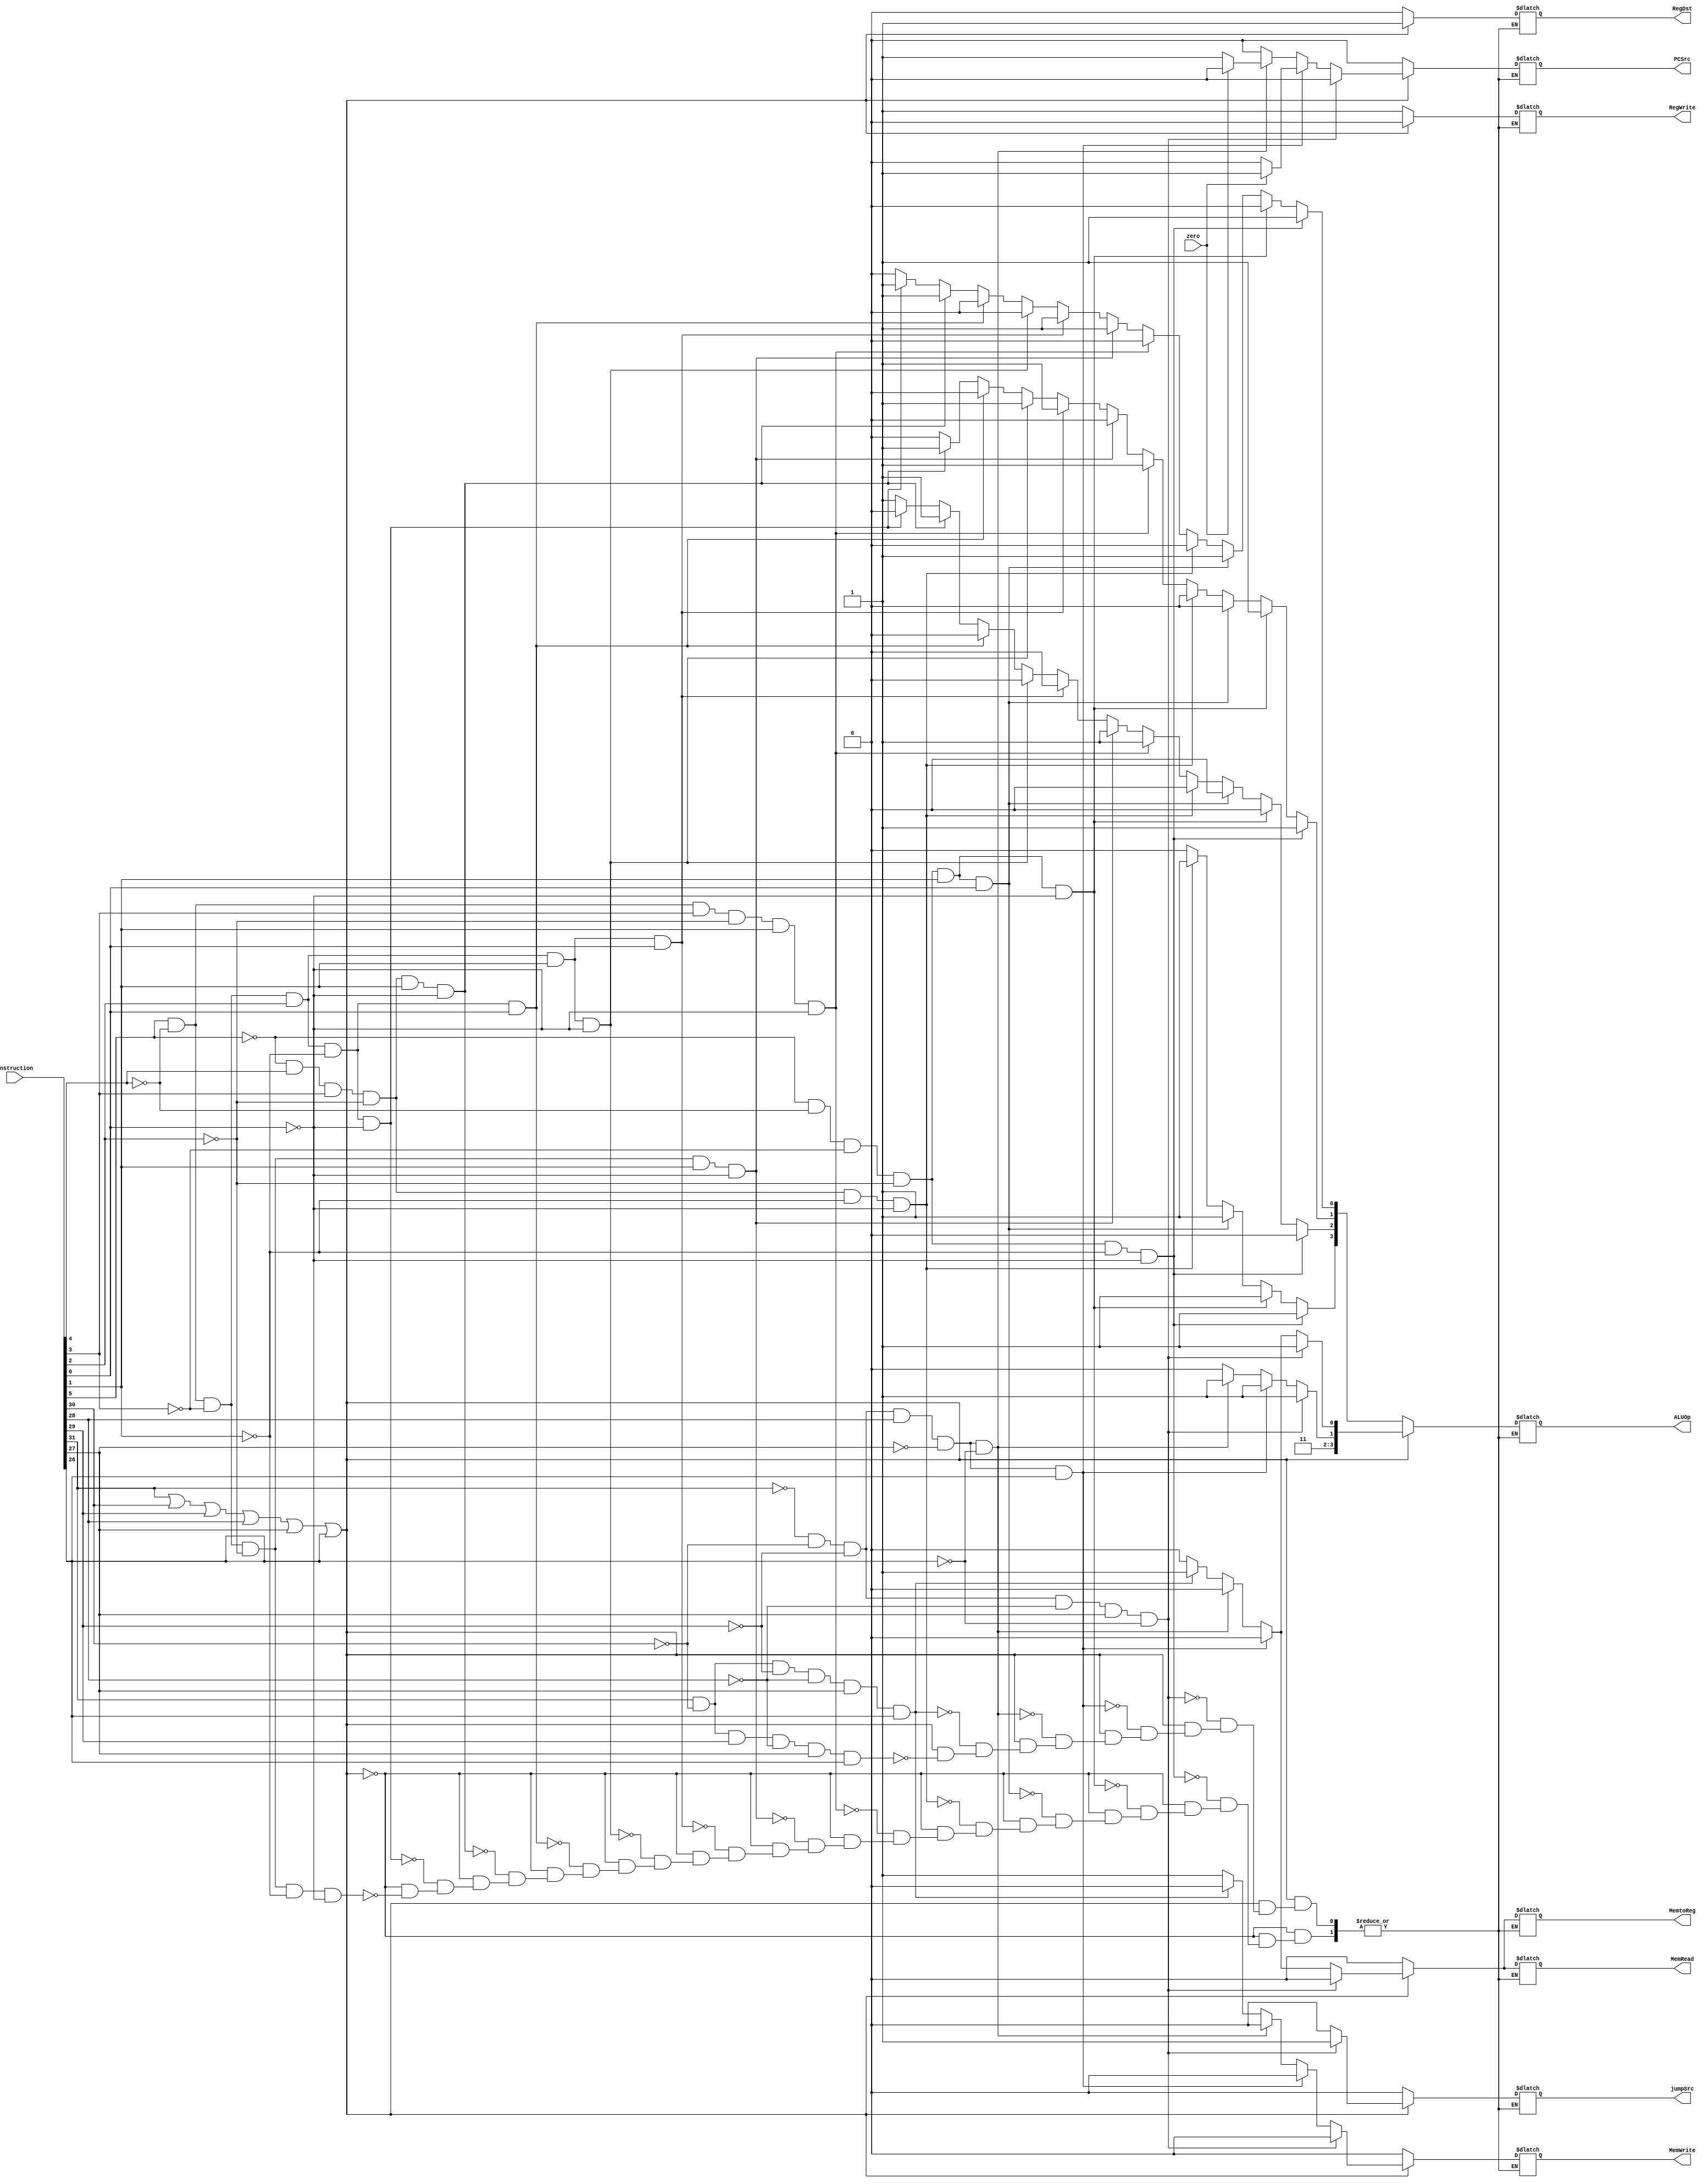
module Control
  (
   input [31:0]  instruction,
   input         zero,
  
   output [3:0] ALUOp, 
   output        jumpSrc,
					  PCSrc,
					  RegWrite,
					  MemWrite,
					  MemtoReg,
					  MemRead,
					  RegDst
   );

	
	wire opcodeOr;
	
	or (opcodeOr,instruction[31],instruction[30],instruction[29],instruction[28],instruction[27],instruction[26]);
	
	always @(*)
	begin
		if (opcodeOr == 0)
			begin
				 
				 if (instruction[5]==1 && instruction[4]==0 && instruction[3]==0 && instruction[2]==0 && instruction[1]==0 && instruction[0]==0)
			       begin
						RegWrite=1;
						ALUOp[0]=0;
						ALUOp[1]=0;
						ALUOp[2]=1;
						ALUOp[3]=0;
						jumpSrc=0;
						PCSrc=0;
						MemWrite=0;
						MemtoReg=0;
						MemRead=0;
						RegDst=0;
					 end
				  
				 if (instruction[5]==1 && instruction[4]==0 && instruction[3]==0 && instruction[2]==1 && instruction[1]==0 && instruction[0]==0)
			       begin
						RegWrite=1;
						ALUOp[0]=1;
						ALUOp[1]=0;
						ALUOp[2]=0;
						ALUOp[3]=0;
						jumpSrc=0;
						PCSrc=0;
						MemWrite=0;
						MemtoReg=0;
						MemRead=0;
						RegDst=0;
					 end
				
				 if (instruction[5]==0 && instruction[4]==1 && instruction[3]==1 && instruction[2]==0 && instruction[1]==1 && instruction[0]==0)
			       begin
						RegWrite=1;
						ALUOp[0]=1;
						ALUOp[1]=1;
						ALUOp[2]=1;
						ALUOp[3]=0;
						jumpSrc=0;
						PCSrc=0;
						MemWrite=0;
						MemtoReg=0;
						MemRead=0;
						RegDst=0;
					 end
					 
				 
				 if (instruction[5]==1 && instruction[4]==0 && instruction[3]==0 && instruction[2]==1 && instruction[1]==0 && instruction[0]==1)
			       begin
						RegWrite=1;
						ALUOp[0]=0;
						ALUOp[1]=0;
						ALUOp[2]=0;
						ALUOp[3]=0;
						jumpSrc=0;
						PCSrc=0;
						MemWrite=0;
						MemtoReg=0;
						MemRead=0;
						RegDst=0;
					 end
				
				 if (instruction[5]==1 && instruction[4]==0 && instruction[3]==0 && instruction[2]==1 && instruction[1]==1 && instruction[0]==0)
			       begin
						RegWrite=1;
						ALUOp[0]=0;
						ALUOp[1]=1;
						ALUOp[2]=0;
						ALUOp[3]=0;
						jumpSrc=0;
						PCSrc=0;
						MemWrite=0;
						MemtoReg=0;
						MemRead=0;
						RegDst=0;
					 end
					 
				
				 if (instruction[5]==1 && instruction[4]==0 && instruction[3]==0 && instruction[2]==1 && instruction[1]==1 && instruction[0]==1)
			       begin
						RegWrite=1;
						ALUOp[1]=1;
						ALUOp[0]=1;
						ALUOp[2]=0;
						ALUOp[3]=0;
						jumpSrc=0;
						PCSrc=0;
						MemWrite=0;
						MemtoReg=0;
						MemRead=0;
						RegDst=0;

					 end
					 
				
				 if (instruction[5]==1 && instruction[4]==0 && instruction[3]==0 && instruction[2]==0 && instruction[1]==1 && instruction[0]==0)
			       begin
						RegWrite=1;
						ALUOp[2]=1;
						ALUOp[0]=1;
						ALUOp[1]=0;
						ALUOp[3]=0;
						jumpSrc=0;
						PCSrc=0;
						MemWrite=0;
						MemtoReg=0;
						MemRead=0;
						RegDst=0;
					 end
					 
				
				 if (instruction[5]==1 && instruction[4]==0 && instruction[3]==1 && instruction[2]==0 && instruction[1]==1 && instruction[0]==0)
			       begin
						RegWrite=1;
						ALUOp[2]=1;
						ALUOp[1]=1;
						ALUOp[0]=0;
						ALUOp[3]=0;
						jumpSrc=0;
						PCSrc=0;
						MemWrite=0;
						MemtoReg=0;
						MemRead=0;
						RegDst=0;
					 end
					 
				
				 if (instruction[5]==0 && instruction[4]==1 && instruction[3]==1 && instruction[2]==0 && instruction[1]==0 && instruction[0]==0)
			       begin
						RegWrite=1;
						ALUOp[3]=1;
						ALUOp[0]=0;
						ALUOp[1]=0;
						ALUOp[2]=0;
						jumpSrc=0;
						PCSrc=0;
						MemWrite=0;
						MemtoReg=0;
						MemRead=0;
						RegDst=0;
					 end
					 
				
				 if (instruction[5]==0 && instruction[4]==0 && instruction[3]==0 && instruction[2]==0 && instruction[1]==1 && instruction[0]==1)
			       begin
						RegWrite=1;
						ALUOp[3]=1;
						ALUOp[0]=1;
						ALUOp[1]=0;
						ALUOp[2]=0;
						jumpSrc=0;
						PCSrc=0;
						MemWrite=0;
						MemtoReg=0;
						MemRead=0;
						RegDst=0;
					 end
					 
				
				 if (instruction[5]==0 && instruction[4]==0 && instruction[3]==0 && instruction[2]==0 && instruction[1]==1 && instruction[0]==0)
			       begin
						RegWrite=1;
						ALUOp[3]=1;
						ALUOp[1]=1;
						ALUOp[0]=0;
						ALUOp[2]=0;
						jumpSrc=0;
						PCSrc=0;
						MemWrite=0;
						MemtoReg=0;
						MemRead=0;
						RegDst=0;
					 end
					 
				
				 if (instruction[5]==0 && instruction[4]==0 && instruction[3]==0 && instruction[2]==0 && instruction[1]==0 && instruction[0]==0)
			       begin
						RegWrite=1;
						ALUOp[3]=1;
						ALUOp[1]=1;
						ALUOp[0]=1;
						ALUOp[2]=0;
						jumpSrc=0;
						PCSrc=0;
						MemWrite=0;
						MemtoReg=0;
						MemRead=0;
						RegDst=0;
					 end
			end
		else
			begin
			
				 if (instruction[31]==1 && instruction[30]==0 && instruction[29]==1 && instruction[28]==0 && instruction[27]==1 && instruction[26]==1)
			       begin
						MemWrite=1;
						RegDst=1;
						ALUOp[3]=1;
						ALUOp[2]=1;
						RegWrite=0;
						ALUOp[0]=0;
						ALUOp[1]=0;
						jumpSrc=0;
						PCSrc=0;
						MemtoReg=0;
						MemRead=0;
					 end
					 
				
				 if (instruction[31]==1 && instruction[30]==0 && instruction[29]==0 && instruction[28]==0 && instruction[27]==1 && instruction[26]==1)
			       begin
						RegWrite=0;
						MemRead=1;
						MemtoReg=1;
						RegDst=1;
						ALUOp[3]=1;
						ALUOp[2]=1;
						ALUOp[0]=1;
						ALUOp[1]=0;
						jumpSrc=0;
						PCSrc=0;
						MemWrite=0;
					 end
			
				 if (instruction[31]==0 && instruction[30]==0 && instruction[29]==0 && instruction[28]==1 && instruction[27]==0 && instruction[26]==0)
			       begin
					 
						if (zero==0)
							PCSrc=1;
						else
							PCSrc=0;
					 
						RegWrite=0;
						RegDst=1;
						ALUOp[3]=1;
						ALUOp[2]=1;
						ALUOp[1]=1;
						ALUOp[0]=0;
						jumpSrc=0;
						MemWrite=0;
						MemtoReg=0;
						MemRead=0;
					 end
					 
					
				 if (instruction[31]==0 && instruction[30]==0 && instruction[29]==0 && instruction[28]==1 && instruction[27]==0 && instruction[26]==1)
			       begin
					 
						if (zero==0)
							PCSrc=0;
						else
							PCSrc=1;
					 
						RegWrite=0;
						RegDst=1;
						ALUOp[3]=1;
						ALUOp[2]=1;
						ALUOp[1]=1;
						ALUOp[0]=0;
						jumpSrc=0;
						MemWrite=0;
						MemtoReg=0;
						MemRead=0;
					 end
					 
				
				 if (instruction[31]==0 && instruction[30]==0 && instruction[29]==0 && instruction[28]==0 && instruction[27]==1 && instruction[26]==0)
			       begin
						RegWrite=0;
						jumpSrc=1;
						RegDst=1;
						ALUOp[3]=1;
						ALUOp[2]=1;
						ALUOp[1]=1;
						ALUOp[0]=1;
						PCSrc=0;
						MemWrite=0;
						MemtoReg=0;
						MemRead=0;
					 end
			
			end
	end
	
endmodule